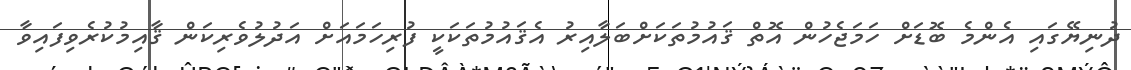
ދުނިޔޭގައި އެންމެ ބޮޑަށް ހަމަޖެހުން އޮތް ޤައުމުތަކަށްބަލާއިރު އެޤައުމުތަކަކީ ފުރިހަމައަށް އަދުލުވެރިކަން ޤާއިމުކުރެވިފައިވާ